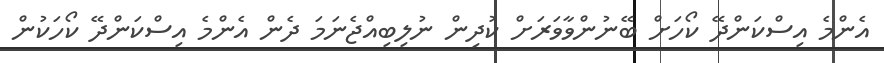
އެންމެ އިސްކަންދޭ ކޯހަށް ބޭނުންވާވަރަށް ކުދިން ނުލިބިއްޖެނަމަ ދެން އެންމެ އިސްކަންދޭ ކޯހަކުން